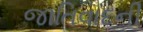
જાતિવાદની